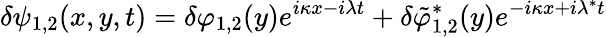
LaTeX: \delta\psi_{1,2}(x,y,t)=\delta\varphi_{1,2}(y)e^{i\kappa x-i\lambda t}+\delta\tilde{\varphi}_{1,2}^{*}(y)e^{-i\kappa x+i\lambda^{*}t}